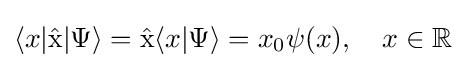
\langle x|{\hat {\mathrm {x} }}|\Psi \rangle ={\hat {\mathrm {x} }}\langle x|\Psi \rangle =x_{0}\psi (x),\quad x\in \mathbb {R}